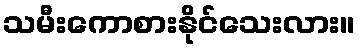
သမီးကောစားနိုင်သေးလား။